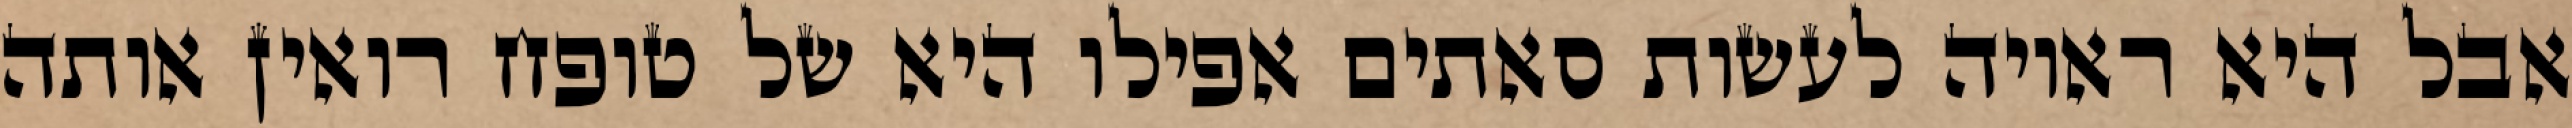
אבל היא ראויה לעשות סאתים אפילו היא של טופח רואין אותה